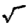
Digit: 5